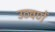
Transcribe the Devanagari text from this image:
उठवणें